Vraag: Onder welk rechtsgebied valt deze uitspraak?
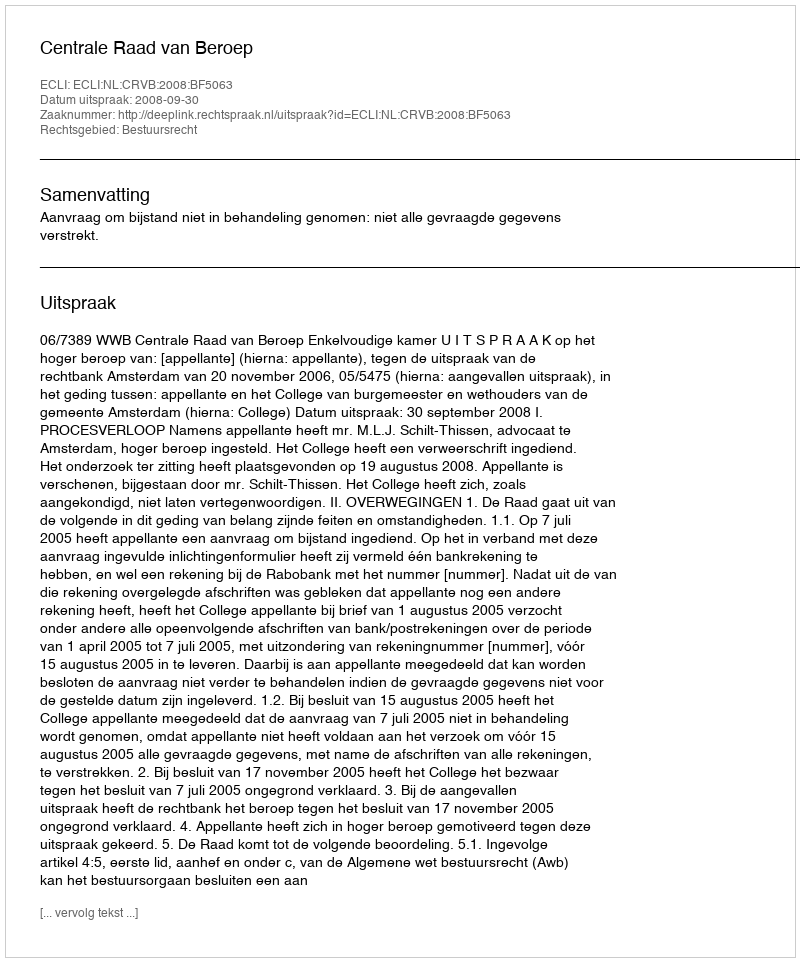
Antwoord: Bestuursrecht